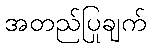
အတည်ပြုချက်